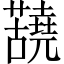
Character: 𫊐